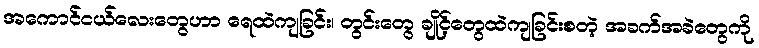
အကောင်ငယ်လေးတွေဟာ ရေထဲကျခြင်း၊ တွင်းတွေ ချိုင့်တွေထဲကျခြင်းစတဲ့ အခက်အခဲတွေကို